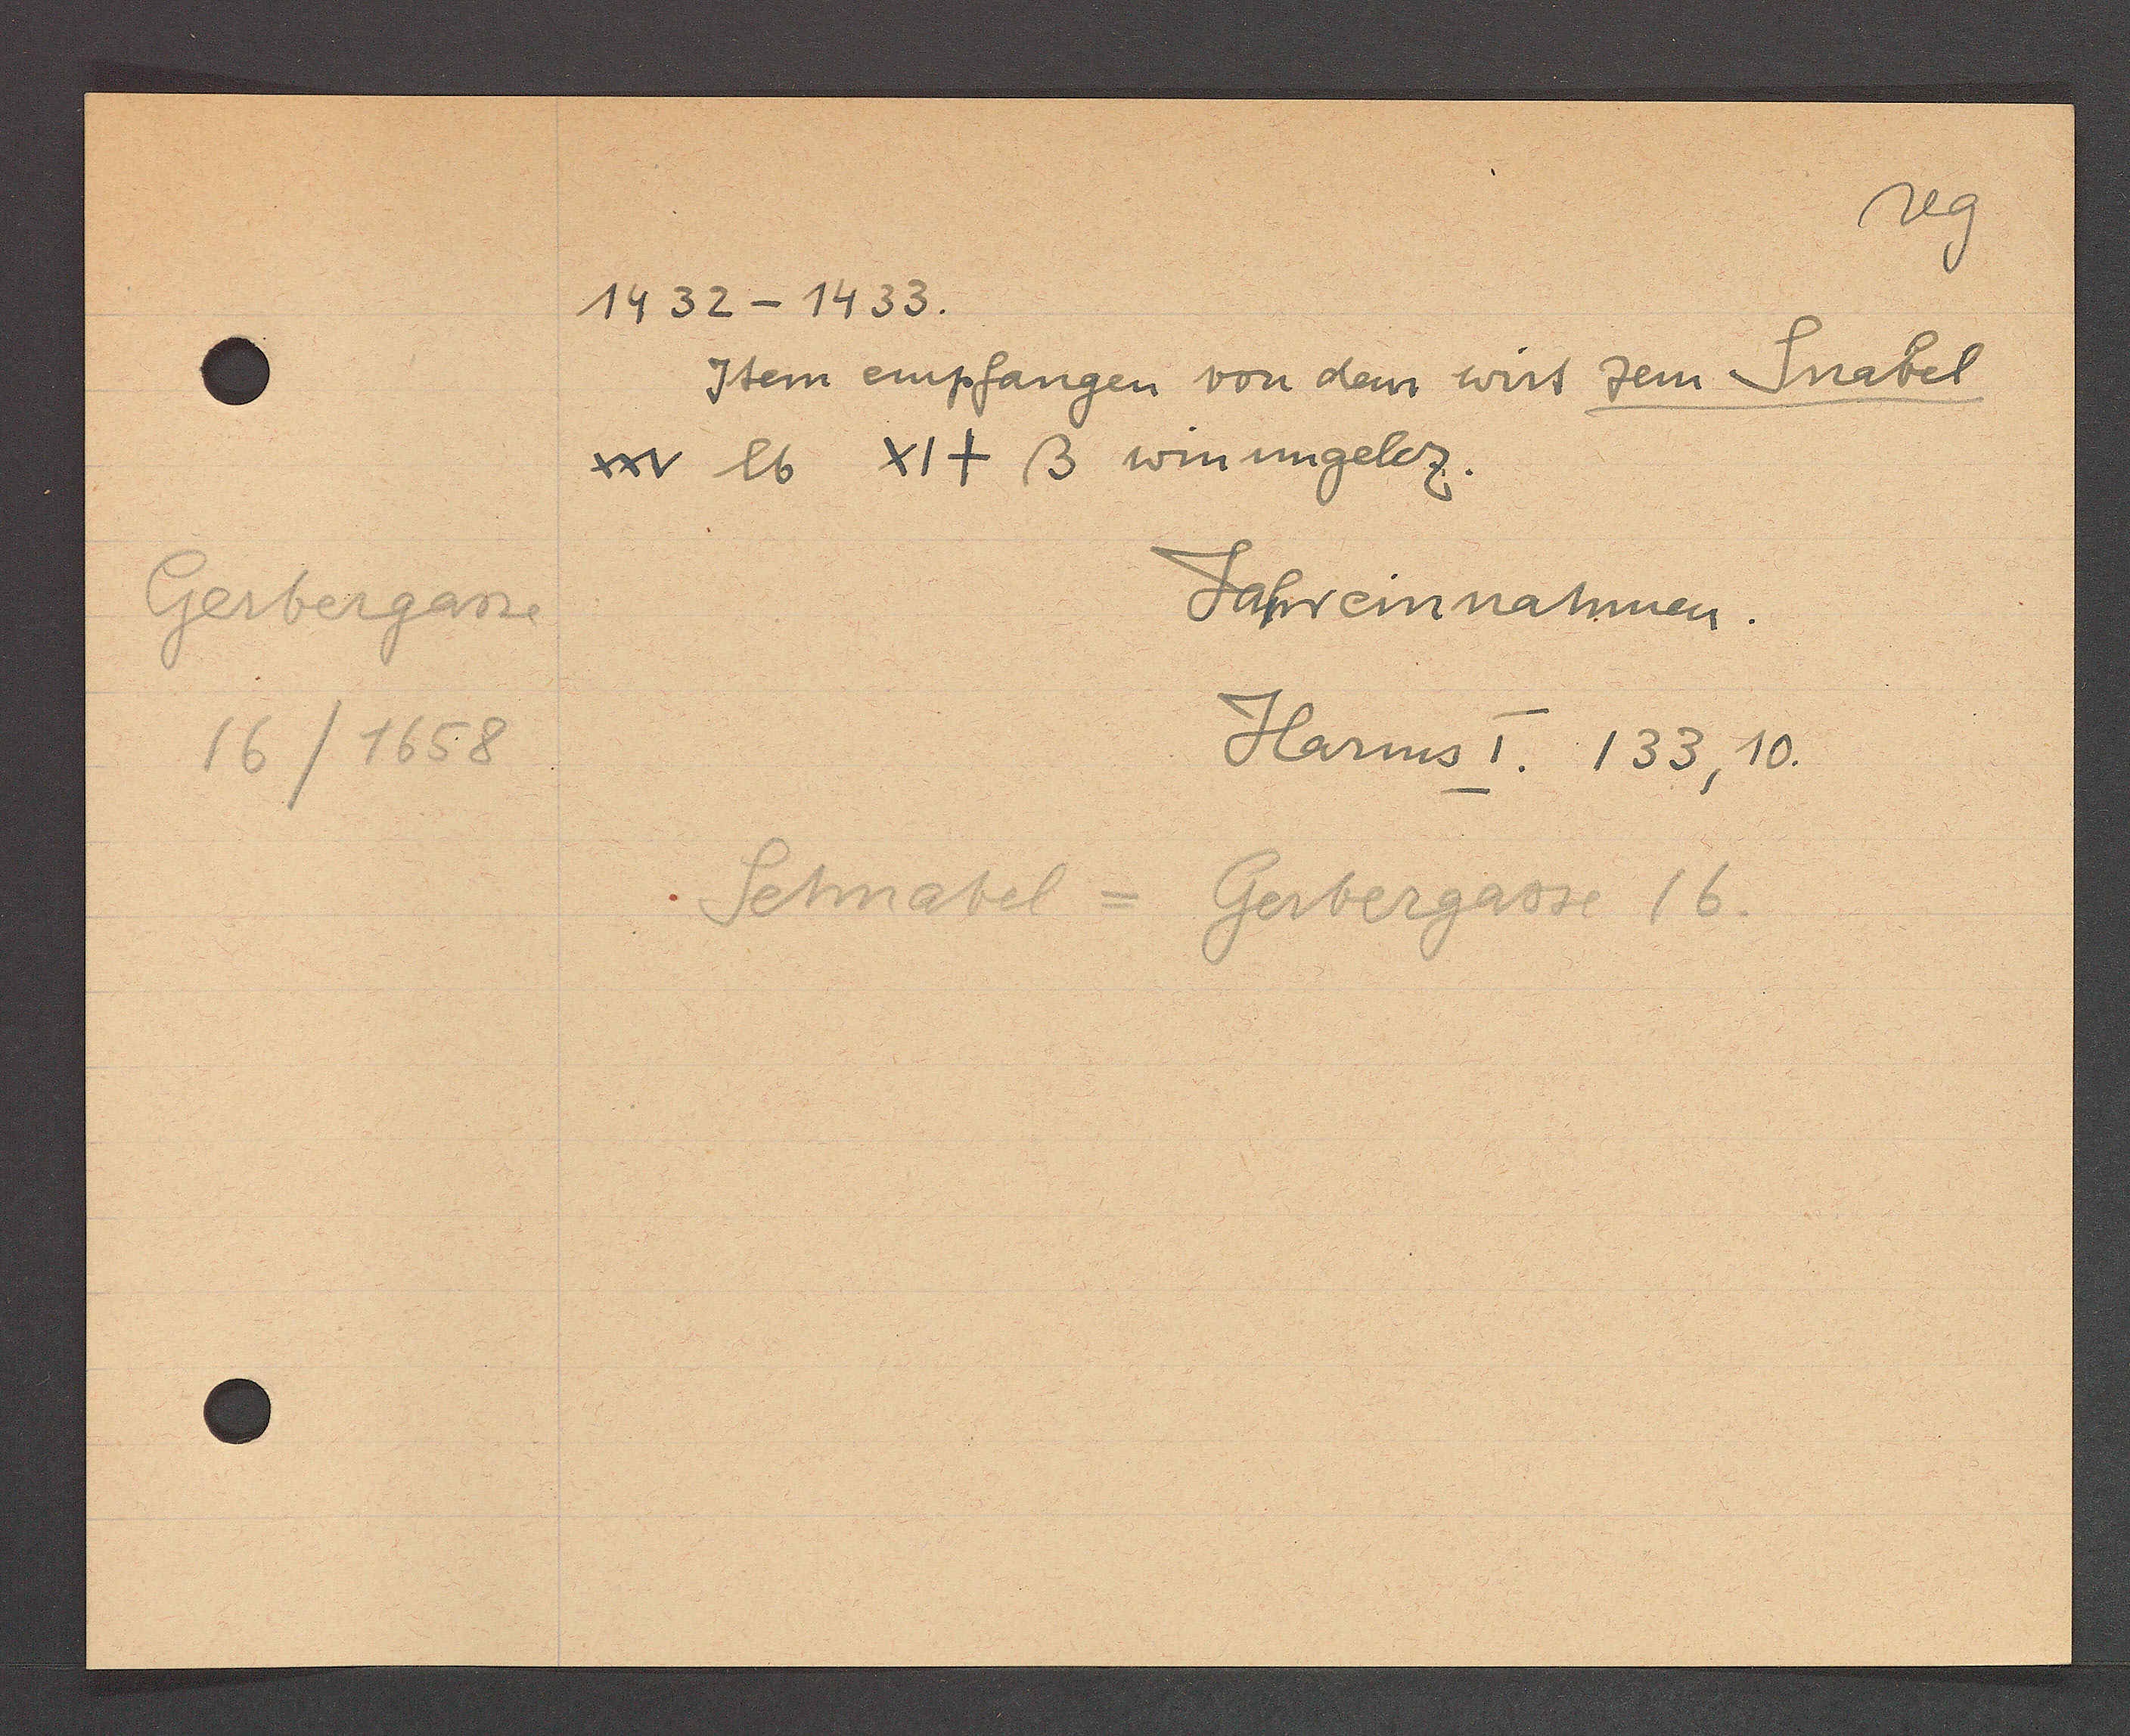
Transcript:
Gerbergasse
16/1658

1432 - 1433.

Item empfangen von dem wirt zem Snabel
xxv lb xix ß winungeldz

Jahhreinnahmen
Harms I. 133,10.

Schnabel =
Gerbergasse 16.